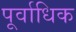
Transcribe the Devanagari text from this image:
पूर्वाधिक